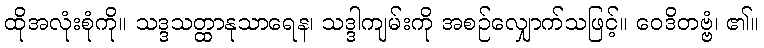
ထိုအလုံးစုံကို။ သဒ္ဒသတ္ထာနုသာရေန၊ သဒ္ဒါကျမ်းကို အစဉ်လျှောက်သဖြင့်။ ဝေဒိတဗ္ဗံ၊ ၏။